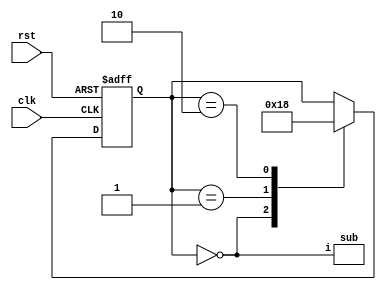
module top(input clk, input rst);

reg [1:0] state;

always @(posedge clk, posedge rst) begin
	if (rst)
		state <= 0;
	else
		case (state)
			2'b00: state <= 2'b01;
			2'b01: state <= 2'b10;
			2'b10: state <= 2'b00;
		endcase
end

sub sub_i(.i(state == 0));

endmodule


(* blackbox, keep *)
module sub(input i);
endmodule